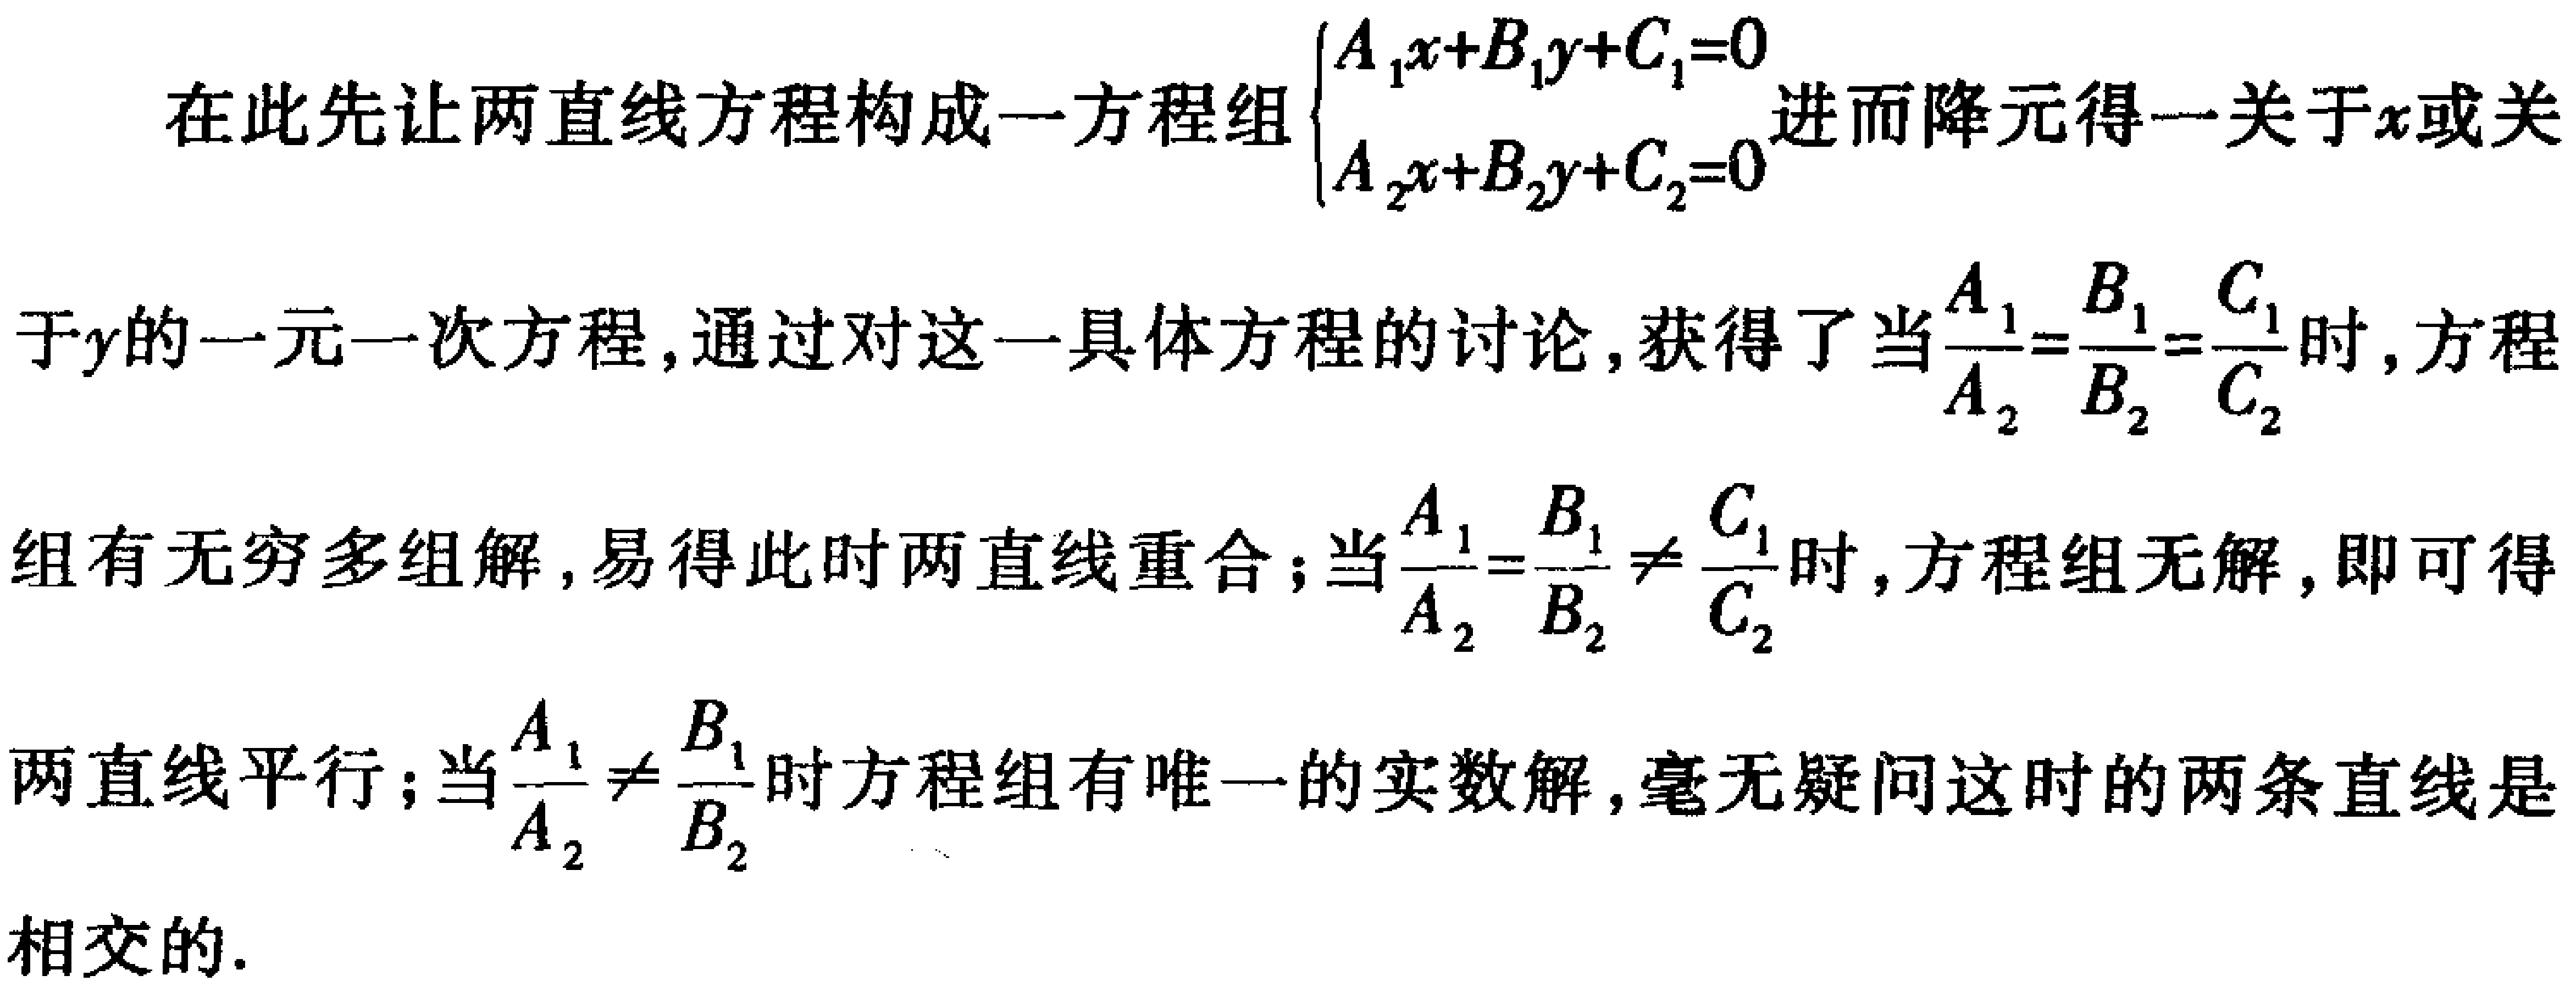
在此先让两直线方程构成一方程组$\begin{cases}A_{1}x + B_{1}y + C_{1} = 0\\A_{2}x + B_{2}y + C_{2} = 0\end{cases}$进而降元得一关于$x$或关于$y$的一元一次方程，通过对这一具体方程的讨论，获得了当$\frac{A_{1}}{A_{2}}=\frac{B_{1}}{B_{2}}=\frac{C_{1}}{C_{2}}$时，方程组有无穷多组解，易得此时两直线重合；当$\frac{A_{1}}{A_{2}}=\frac{B_{1}}{B_{2}}\neq\frac{C_{1}}{C_{2}}$时，方程组无解，即可得两直线平行；当$\frac{A_{1}}{A_{2}}\neq\frac{B_{1}}{B_{2}}$时方程组有唯一的实数解，毫无疑问这时的两条直线是相交的.